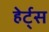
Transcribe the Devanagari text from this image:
हेर्ट्‌स